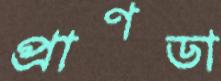
প্রাণডা